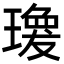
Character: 𤩆